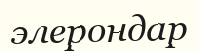
элерондар